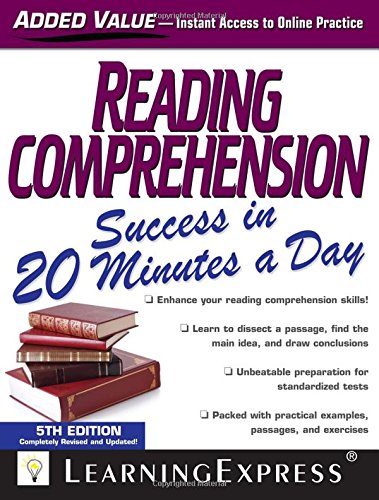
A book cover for Reading Comprehension Success in 20 Minutes a Day; Learning Express Llc; Reference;